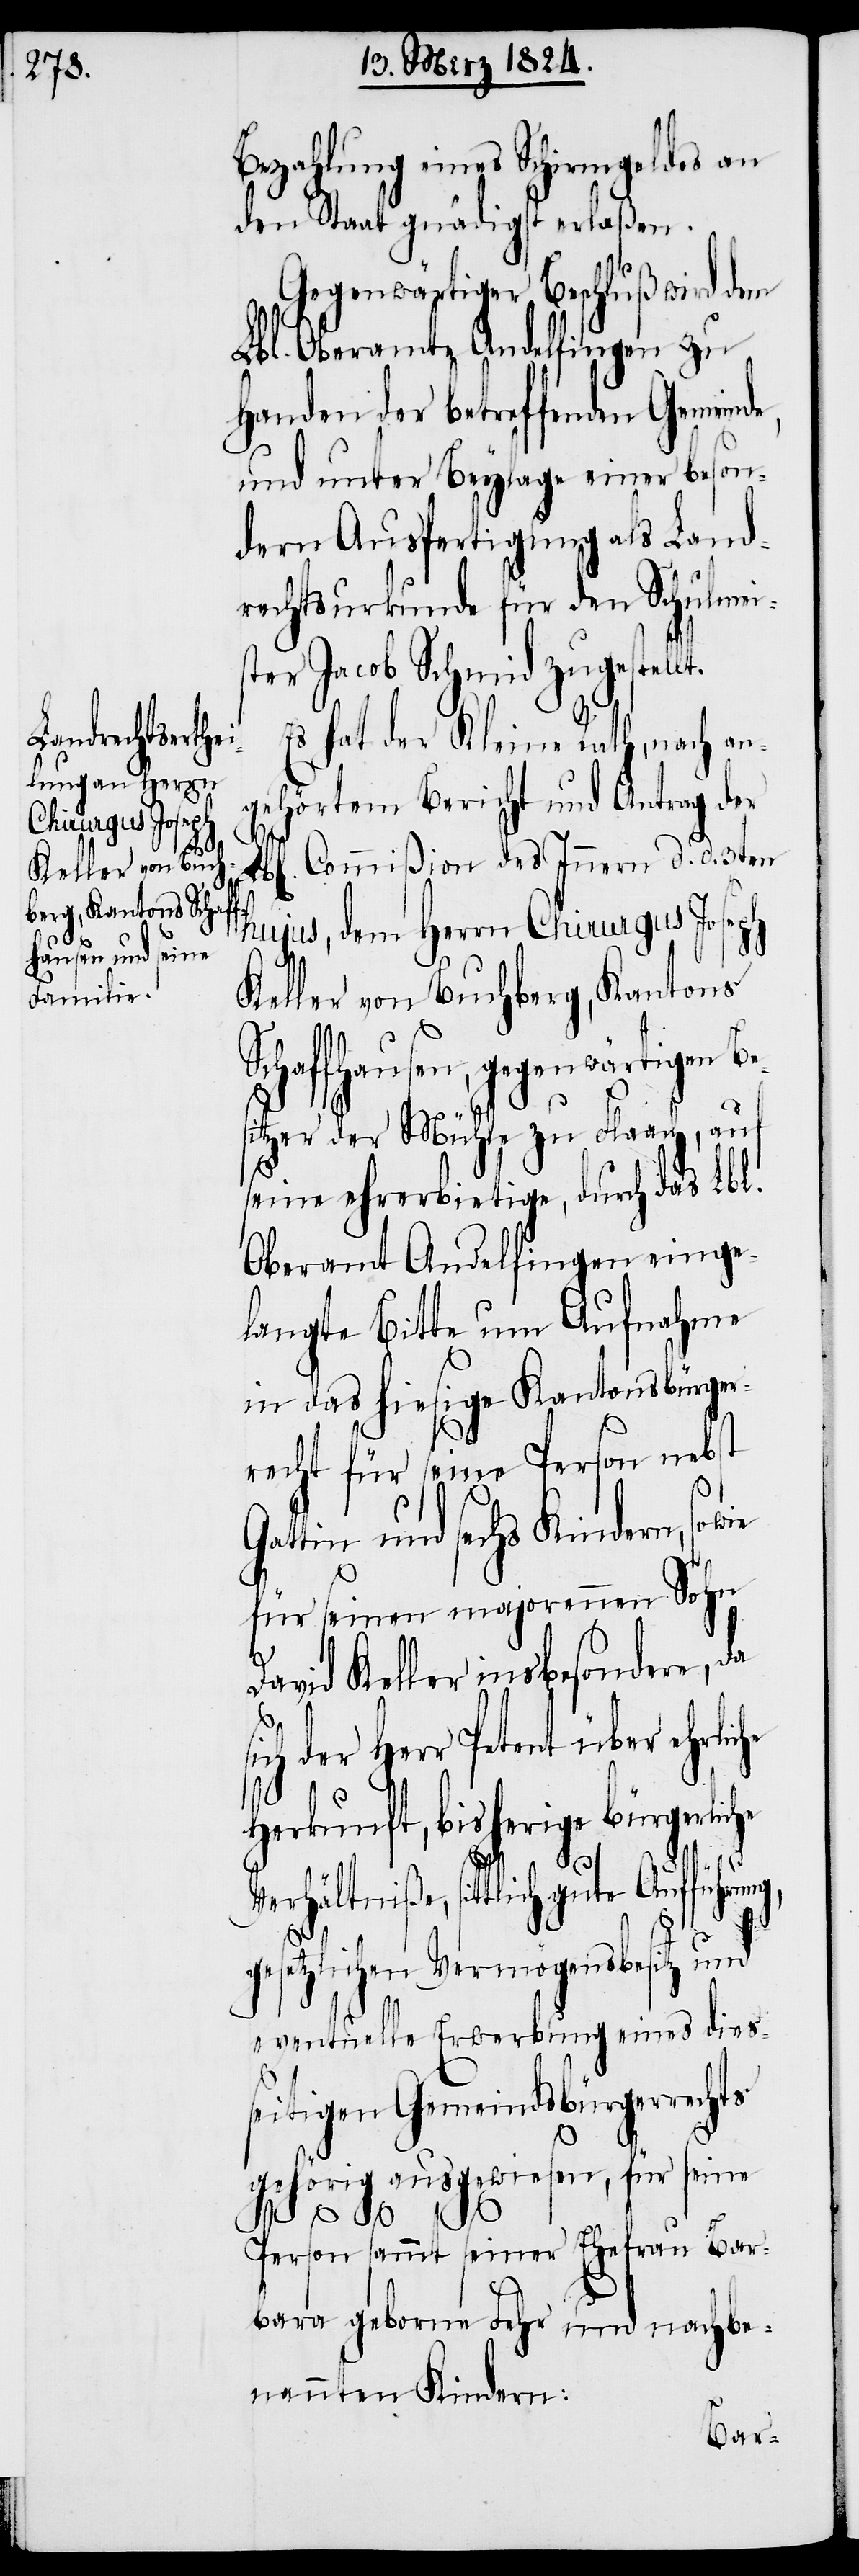
si¬

Bezahlung eines Schirmgeldes an
den Staat gnädigst erlaßen.
Gegenwärtiger Beschluß wird dem
Lbl. Oberamte Andelfingen zu
Handen der betreffenden Gemeind¬
und unter Beylage einer beson¬
dern Ausfertigung als Land¬
rechtsurkunde für den Schulmei¬
ster Jacob Schmid zugestell¬
Es hat der Kleine Rath, nach an¬
gehörtem Bericht und Antrag der
Commißion des Innern d. d. 3ten
hujus, dem Herrn Chirurgus Joseph
Keller von Buchberg, Kantons
Schaffhausen, gegenwärtigen
itzer der Mühle zu Flaach, auf
seine ehrerbietige, durch das Lbl.
Oberamt Andelfingen einge¬
langte Bitte um Aufnahme
in das hiesige Kantonsbürger¬
recht für seine Person nebst
Gattin und sechs Kindern, sow¬
für seinen majorennen Sohn
David Keller insbesondere, da
ch der Herr Petent über ehrli¬
Herkunft, bisherige bürgerlic¬
he
Verhältniße sittlich gute Aufführung,
gesetzlichen Vermögensbesitz und
eventuelle Erwerbung eines dies¬
seitigen Gemeindsbürgerrechts
gehörig ausgewiesen, für seine
Person sammt seiner Ehefrau Bar¬
bara geborene Fehr und nachbe¬
nannten Kindern:
Bes¬